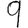
Digit: 9